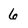
Character: 6